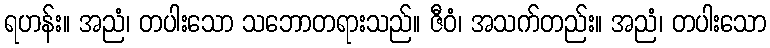
ရဟန်း။ အညံ၊ တပါးသော သဘောတရားသည်။ ဇီဝံ၊ အသက်တည်း။ အညံ၊ တပါးသော